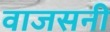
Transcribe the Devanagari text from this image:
वाजसनी